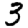
Digit: 3